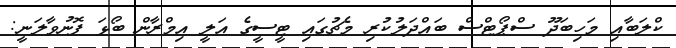
ކްލަބާއި މަހިބަދޫ ސްޕޯޓްސް ބައްދަލުކުރި މެޗުގައި ޓީސީގެ އަލީ އިމްރާން ބޯޅަ ފޮނުވާލަނީ: